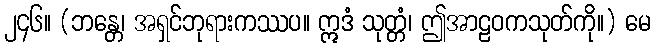
၂၄၆။ (ဘန္တေ၊ အရှင်ဘုရားကဿပ။ ဣဒံ သုတ္တံ၊ ဤအာဠဝကသုတ်ကို။) မေ